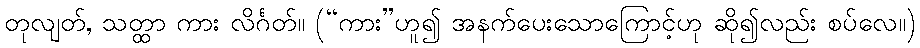
တုလျတ်, သတ္ထာ ကား လိင်္ဂတ်။ (“ကား”ဟူ၍ အနက်ပေးသောကြောင့်ဟု ဆို၍လည်း စပ်လေ။)